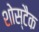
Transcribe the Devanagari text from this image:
शोस्टैक